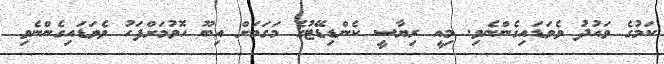
ކަމުގެ ވައުދު ވެވަޑައިގެންނެވި. މިއީ ރިޔާސީ ކެންޑިޑޭޓުގެ މަގަމަށް އިބޫ ހޮވުމަށްފަހު ވެވަޑައިގެންނެވި